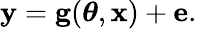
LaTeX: \begin{array}{r}{\mathbf{y}=\mathbf{g}(\boldsymbol{\theta},\mathbf{x})+\mathbf{e}.}\end{array}